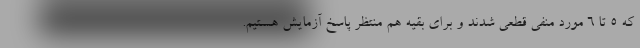
که ۵ تا ۶ مورد منفی قطعی شدند و برای بقیه هم منتظر پاسخ آزمایش هستیم.